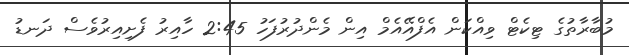
މުބާރާތުގެ ޓިކެޓް ވިއްކަން އެފްއޭއެމް އިން މެންދުރުފަހު 2:45 ހާއިރު ފެށިއިރުވެސް ދަނޑު